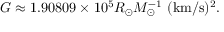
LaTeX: G \approx 1 . 9 0 8 0 9 \times 1 0 ^ { 5 } R _ { \odot } M _ { \odot } ^ { - 1 } \mathrm { { \ ( k m / s ) ^ { 2 } } } .